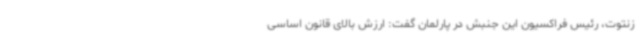
زنتوت، رئیس فراکسیون این جنبش در پارلمان گفت: ارزش بالای قانون اساسی